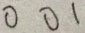
0 0 1